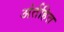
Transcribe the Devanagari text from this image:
अंर्तहित